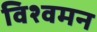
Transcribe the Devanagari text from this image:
विश्वमन